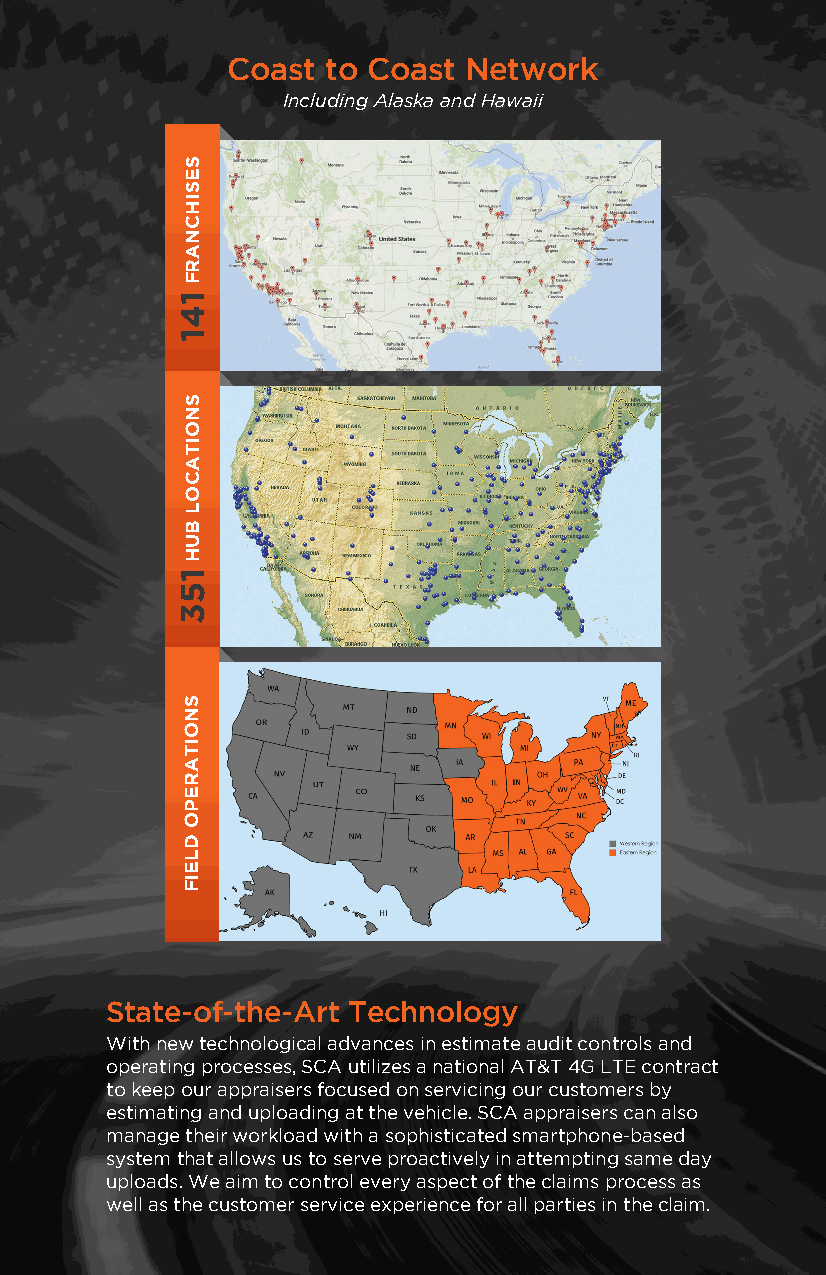
Coast  to Coast Network
 Including Alaska and Hawaii
 State-of-the-Art Technology
 With new technological advances in estimate audit controls and
 operating processes, SCA utilizes a national AT&T 4G LTE contract
 to keep our appraisers focused on servicing our customers by
 estimating and uploading at the vehicle. SCA appraisers can also
 manage their workload with a sophisticated smartphone-based
 system that allows us to serve proactively in attempting same day
 uploads. We aim to control every aspect of the claims process as
 well as the customer service experience for all parties in the claim.
 SESIHCNARF
 141
 SNOITACOL
 BUH
 153
 SNOITAREPO
 DLEIF